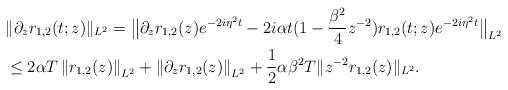
LaTeX: \begin{align*}& \|\partial_{z} r_{1,2}(t;z) \|_{L^2} = \big\| \partial_{z} r_{1,2}( z)e^{-2i\eta^2 t} - 2i\alpha t (1 -\frac{\beta^2}{4}z^{-2}) r_{1,2}(t;z) e^{-2i\eta^2 t}\big\|_{L^2} \\&\leq 2\alpha T \left\| r_{1,2}( z)\right\|_{L^2}+\left\|\partial_{z} r_{1,2}( z)\right\|_{L^2} + \frac{1}{2} \alpha\beta^2 T \| z^{-2} r_{1,2}( z) \|_{L^2}.\end{align*}